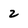
Character: 2